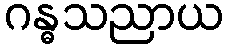
ဂန္ဓသညာယ